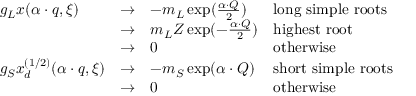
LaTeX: \begin{array} { l l l l } { { g _ { L } x ( \alpha \cdot q , \xi ) } } & { { \rightarrow } } & { { - m _ { L } \exp ( { \frac { \alpha \cdot Q } { 2 } } ) } } & { { \mathrm { l o n g ~ s i m p l e ~ r o o t s } } } \\ { { } } & { { \rightarrow } } & { { { m _ { L } Z } \exp ( - { \frac { \alpha \cdot Q } { 2 } } ) } } & { { \mathrm { h i g h e s t ~ r o o t } } } \\ { { } } & { { \rightarrow } } & { { 0 } } & { { \mathrm { o t h e r w i s e } } } \\ { { g _ { S } x _ { d } ^ { ( 1 / 2 ) } ( \alpha \cdot q , \xi ) } } & { { \rightarrow } } & { { - m _ { S } \exp ( { \alpha \cdot Q } ) } } & { { \mathrm { s h o r t ~ s i m p l e ~ r o o t s } } } \\ { { } } & { { \rightarrow } } & { { 0 } } & { { \mathrm { o t h e r w i s e } } } \end{array}